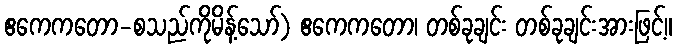
ဧကေကတော-စသည်ကိုမိန့်သော်) ဧကေကတော၊ တစ်ခုချင်း တစ်ခုချင်းအားဖြင့်။